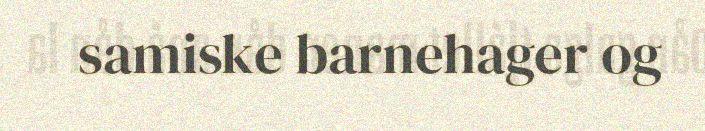
samiske barnehager og